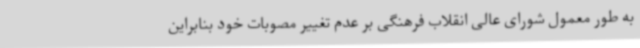
به طور معمول شورای عالی انقلاب فرهنگی بر عدم تغییر مصوبات خود بنابراین